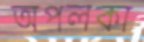
অপলকা